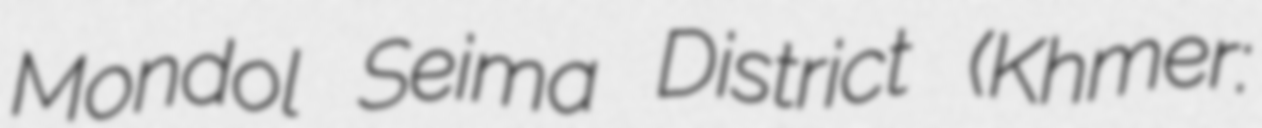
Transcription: Mondol Seima District (Khmer: